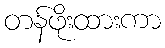
တန်ဖိုးထားကာ